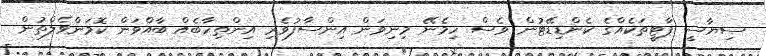
ސިޔާސީ ޕާޓީތަކެއްގެ ކެންޑިޑޭޓުން ވެސް ހިމެނޭ މިނިވަން އިންސާފުވެރި އިންތިހާބެއް ބާއްވަން ކޮމަންވެލްތުން